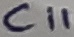
Text: C11